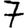
Digit: 7